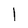
Character: l